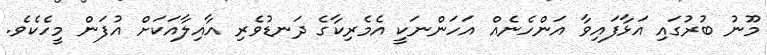
މޫނު ބުރުގައި އަޅާފައިވާ އަންހެނެއް އަހަންނަކީ އެމެރިކާގެ ދަނޑުވެރި އާއިލާއަކަށް އުފަން މީހެކެވެ.